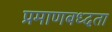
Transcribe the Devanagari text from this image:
प्रमाणबध्दता